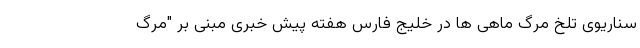
سناریوی تلخ مرگ ماهی‌ ها در خلیج ‌فارس هفته پیش خبری مبنی بر "مرگ